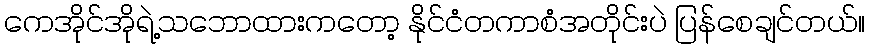
ကေအိုင်အိုရဲ့သဘောထားကတော့ နိုင်ငံတကာစံအတိုင်းပဲ ပြန်စေချင်တယ်။